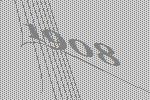
1908